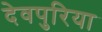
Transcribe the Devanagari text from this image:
देवपुरिया